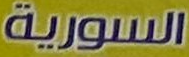
السورية